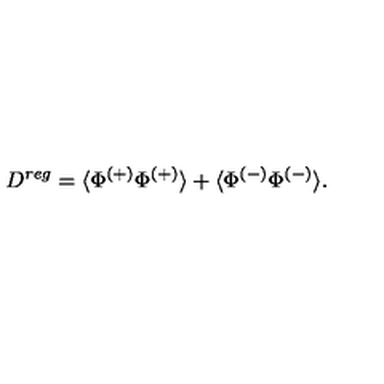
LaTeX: D ^ { r e g } = \langle \Phi ^ { ( + ) } \Phi ^ { ( + ) } \rangle + \langle \Phi ^ { ( - ) } \Phi ^ { ( - ) } \rangle .